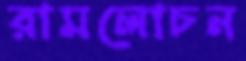
রামলোচন